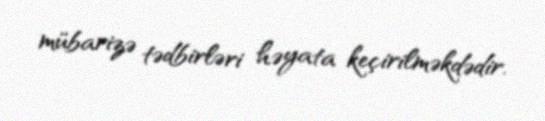
mübarizə tədbirləri həyata keçirilməkdədir.